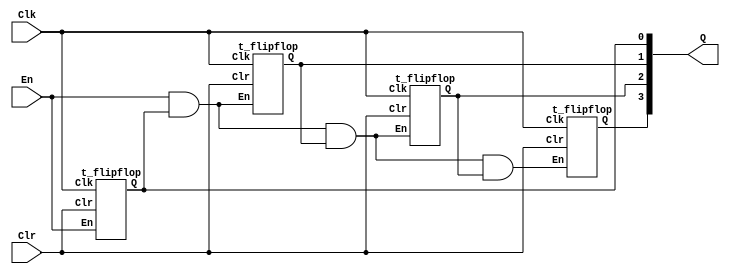
module part3 (En, Clk, Clr, Q);
  input En, Clk, Clr;
  output [3:0] Q;

  wire [3:0] T, Qs;

  t_flipflop T0 (En, Clk, Clr, Qs[0]);
  assign T[0] = En & Qs[0];

  t_flipflop T1 (T[0], Clk, Clr, Qs[1]);
  assign T[1] = T[0] & Qs[1];

  t_flipflop T2 (T[1], Clk, Clr, Qs[2]);
  assign T[2] = T[1] & Qs[2];

  t_flipflop T3 (T[2], Clk, Clr, Qs[3]);
  assign T[3] = T[2] & Qs[3];

  assign Q = Qs;
endmodule

module t_flipflop (En, Clk, Clr, Q);
  input En, Clk, Clr;
  output reg Q;

  always @ (posedge Clk)
    if (Clr)
      Q = 0;
    else if (En)
      Q <= Q + 1;

endmodule